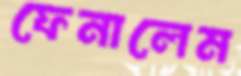
ফেনালেম